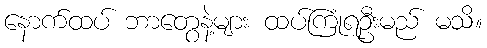
နောက်ထပ် ဘာတွေနဲ့များ ထပ်ကြုံရဦးမည် မသိ။